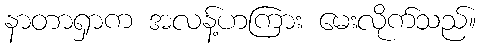
နာတာရှာက အလန့်ဟကြား မေးလိုက်သည်။